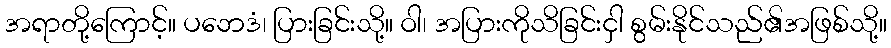
အရာတို့ကြောင့်။ ပဘေဒံ၊ ပြားခြင်းသို့။ ဝါ၊ အပြားကိုသိခြင်းငှါ စွမ်းနိုင်သည်၏အဖြစ်သို့။